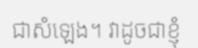
ជាសំឡេង។ វាដូចជាខ្ញុំ